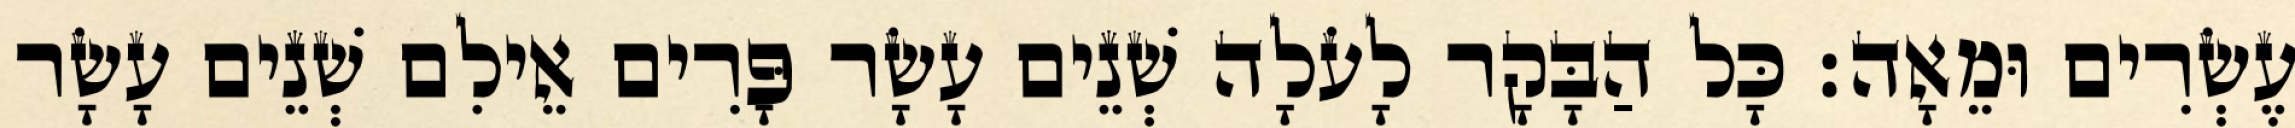
עֶשְׂרִים וּמֵאָה׃ כָּל הַבָּקָר לָעֹלָה שְׁנֵים עָשָׂר פָּרִים אֵילִם שְׁנֵים עָשָׂר